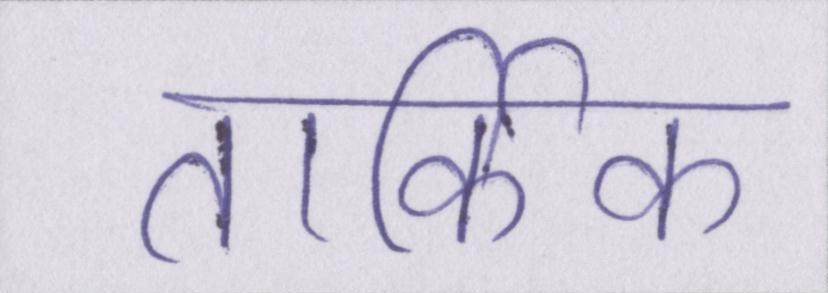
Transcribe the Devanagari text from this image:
तार्किक